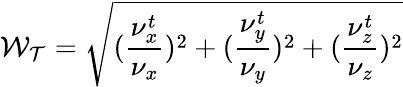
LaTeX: \mathcal{W_{T}}=\sqrt{(\frac{\nu_{x}^{t}}{\nu_{x}})^{2}+(\frac{\nu_{y}^{t}}{\nu_{y}})^{2}+(\frac{\nu_{z}^{t}}{\nu_{z}})^{2}}